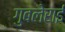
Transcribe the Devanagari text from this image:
गुबलेराई